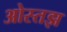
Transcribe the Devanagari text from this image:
ओस्तझ